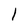
Character: 1